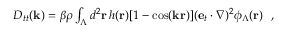
\begin{array} { r } { D _ { t t } ( { \bf k } ) = \beta \rho \int _ { \Lambda } d ^ { 2 } { \bf r } \: h ( { \bf r } ) [ 1 - \cos ( { \bf k } { \bf r } ) ] ( { \bf e } _ { t } \cdot \nabla ) ^ { 2 } \phi _ { \Lambda } ( { \bf r } ) ~ ~ , } \end{array}